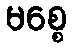
မစ္စေ